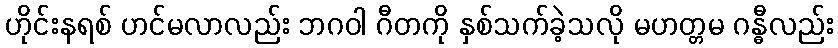
ဟိုင်းနရစ် ဟင်မလာလည်း ဘဂဝါ ဂီတကို နှစ်သက်ခဲ့သလို မဟတ္တမ ဂန္ဓီလည်း